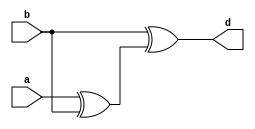

module my_xor3(a,b,d);
input a,b;
output d;
wire c;

xor u1(c,a,b);
xor u2(d,b,c);

endmodule

module test_my_xor3;
reg a,b;
wire d;

my_xor3 u1(a,b,d);

initial begin
	a=0;b=0;
#10	b=1;
#10	a=1;b=0;
#10	b=1;
#10	a=0;b=0;
#10	$stop;

end

endmodule
//20.09.08
//21811957 jeongbomi